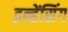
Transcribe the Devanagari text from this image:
इन्हेंसिंग